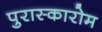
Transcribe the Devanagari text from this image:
पुरास्कारोम